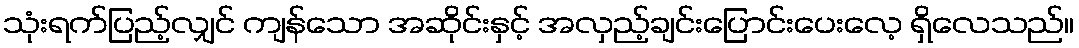
သုံးရက်ပြည့်လျှင် ကျန်သော အဆိုင်းနှင့် အလှည့်ချင်းပြောင်းပေးလေ့ ရှိလေသည်။